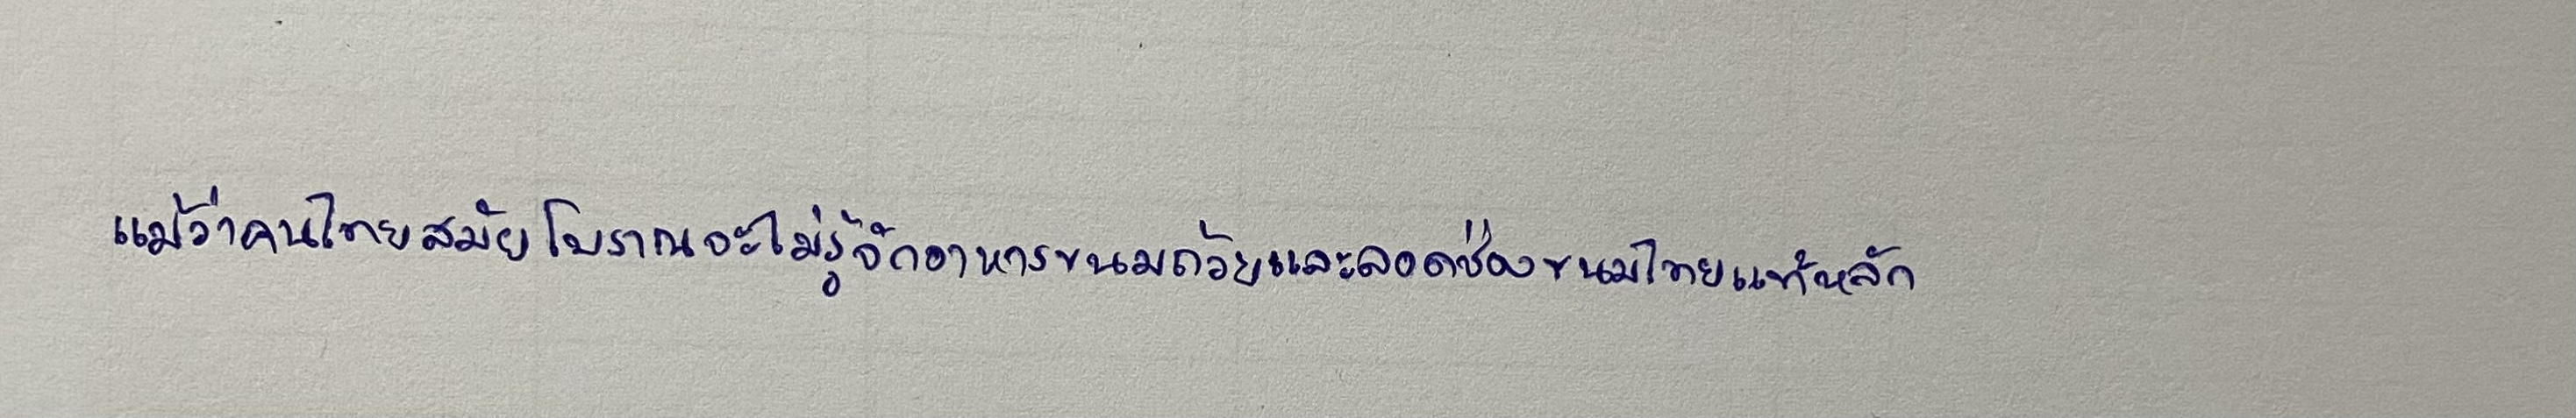
แม้ว่าคนไทยสมัยโบราณจะไม่รู้จักอาหารขนมถ้วยและลอดช่องขนมไทยแท้หลัก